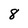
Character: 8